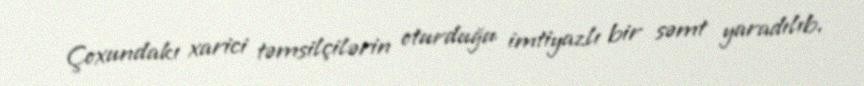
Çoxundakı xarici təmsilçilərin oturduğu imtiyazlı bir səmt yaradılıb.